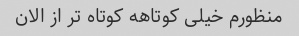
منظورم خیلی کوتاهه کوتاه تر از الان